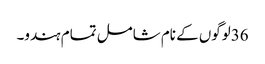
36لوگوں کے نام شامل تمام ہندو۔